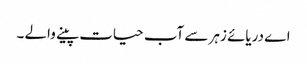
اے دریائے زہر سے آب حیات پینے والے ۔